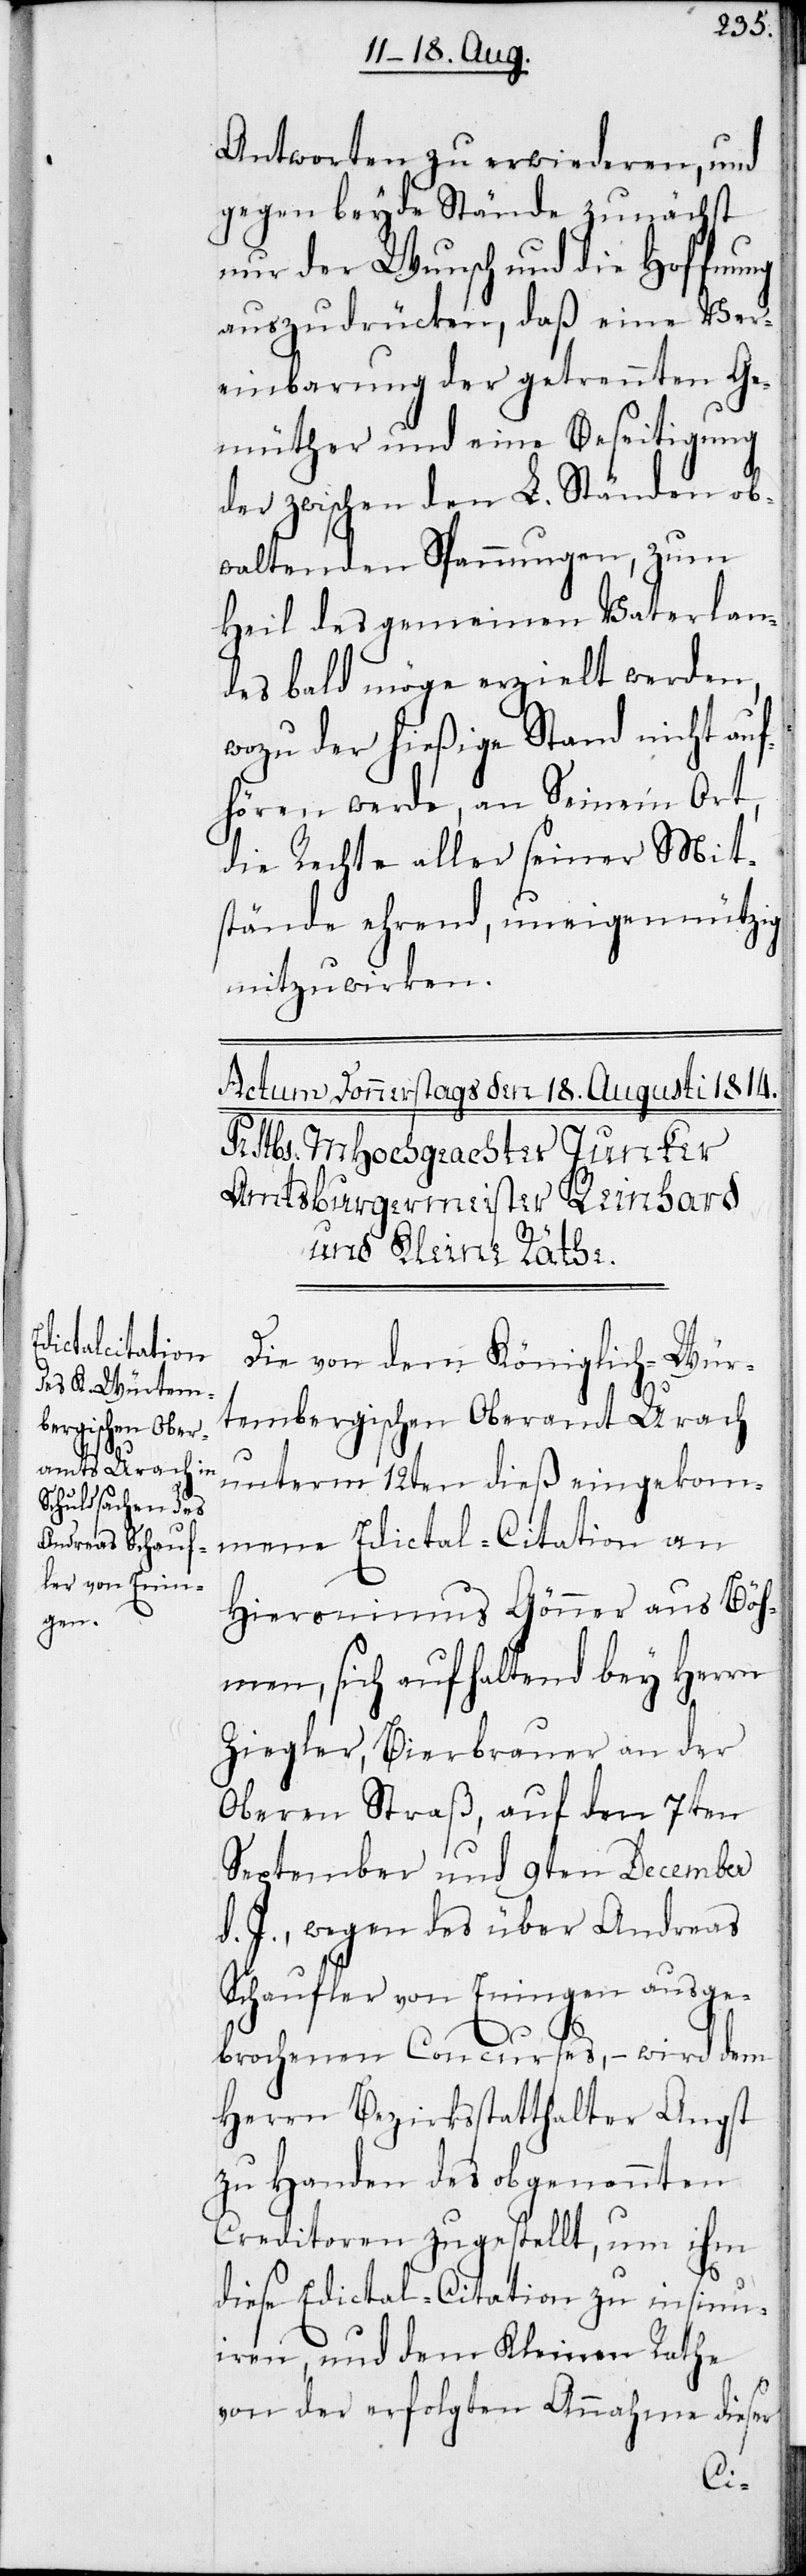
Antworten zu erwiederen, und
gegen beyde Stände zunächst
nur der Wunsch und die Hoffnung
auszudrücken, daß eine Ver¬
einbarung der getrennten Ge¬
müther und eine Beseitigung
der zwischen den L. Ständen ob¬
waltenden Spannungen, zum
Heil des gemeinen Vaterlan¬
des bald möge erzielt werden,
wozu der hießige Stand nicht auf¬
hören werde, an Seinem Ort,
die Rechte aller seiner Mit¬
stände ehrend, uneigennützig
mitzuwirken.
Die von dem Königlich-Wür¬
tembergischen Oberamt Urach
unterm 12ten dieß eingekom¬
mene Edictal-Citation an
Hieronimus Gönner aus Böh¬
men, sich aufhaltend bey Herrn
Ziegler, Bierbrauer an der
Oberen Straß, auf den 7ten
September und 9ten December
d. J., wegen des über Andreas
Schaufler von Eningen ausge¬
brochenen Concurses, – wird dem
Herrn Bezirksstatthalter Angst
zu Handen des obgenannten
Creditoren zugestellt, um ihm
diese Edictal-Citation zu insinu¬
iren, und dem Kleinen Rathe
von der erfolgten Annahme dieser